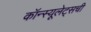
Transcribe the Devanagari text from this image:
कॉन्स्यूलेट्सची